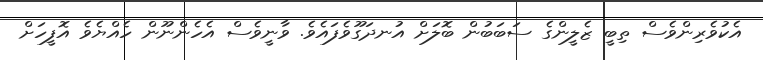
އެކުވެރިންވެސް ތިބީ ޒެލީންގެ ސަބަބުން ބޮލަށް އުނދަގޫވެފައެވެ. ވާނީވެސް އެހެންނޫން ހެއްޔެވެ އޮފީހަށް